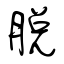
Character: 脱